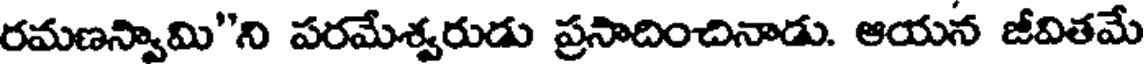
రమణన్వామి"ని పరమేశ్వరుడు ప్రసాదించినాడు. ఆయన జీవితమే